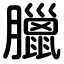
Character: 臘